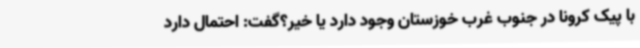
با پیک کرونا در جنوب غرب خوزستان وجود دارد یا خیر؟گفت: احتمال دارد